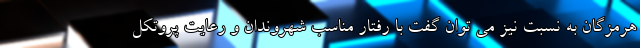
هرمزگان به نسبت نیز می توان گفت با رفتار مناسب شهروندان و رعایت پروتکل